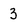
Character: 3